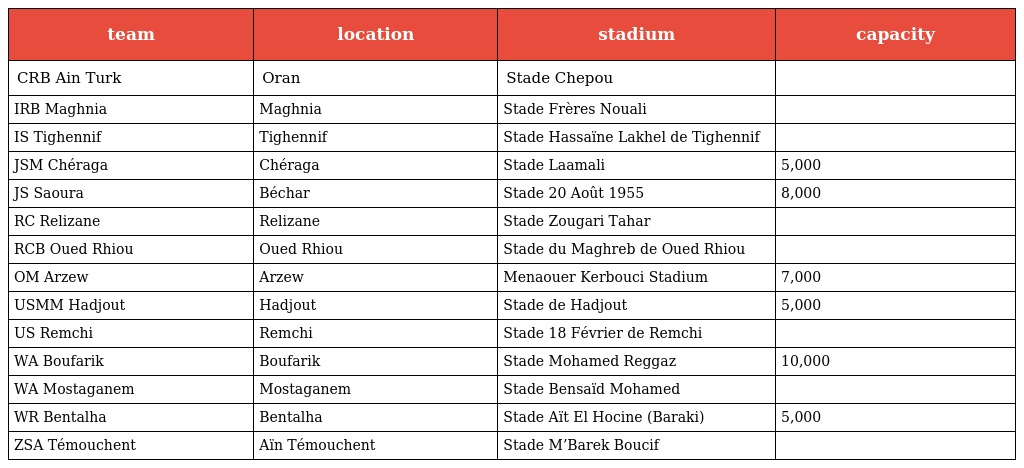
| team | location | stadium | capacity |
 | --- | --- | --- | --- |
 | CRB Ain Turk | Oran | Stade Chepou |  |
 | IRB Maghnia | Maghnia | Stade Frères Nouali |  |
 | IS Tighennif | Tighennif | Stade Hassaïne Lakhel de Tighennif |  |
 | JSM Chéraga | Chéraga | Stade Laamali | 5,000 |
 | JS Saoura | Béchar | Stade 20 Août 1955 | 8,000 |
 | RC Relizane | Relizane | Stade Zougari Tahar |  |
 | RCB Oued Rhiou | Oued Rhiou | Stade du Maghreb de Oued Rhiou |  |
 | OM Arzew | Arzew | Menaouer Kerbouci Stadium | 7,000 |
 | USMM Hadjout | Hadjout | Stade de Hadjout | 5,000 |
 | US Remchi | Remchi | Stade 18 Février de Remchi |  |
 | WA Boufarik | Boufarik | Stade Mohamed Reggaz | 10,000 |
 | WA Mostaganem | Mostaganem | Stade Bensaïd Mohamed |  |
 | WR Bentalha | Bentalha | Stade Aït El Hocine (Baraki) | 5,000 |
 | ZSA Témouchent | Aïn Témouchent | Stade M’Barek Boucif |  |